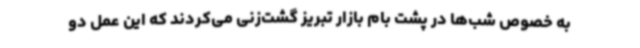
به خصوص شب‌ها در پشت بام بازار تبریز گشت‌زنی می‌کردند که این عمل دو